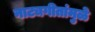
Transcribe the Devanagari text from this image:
नाट्यगीतांमुळे